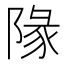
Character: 䧘